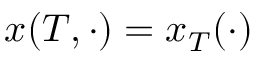
x ( T , \cdot ) = x _ { T } ( \cdot )